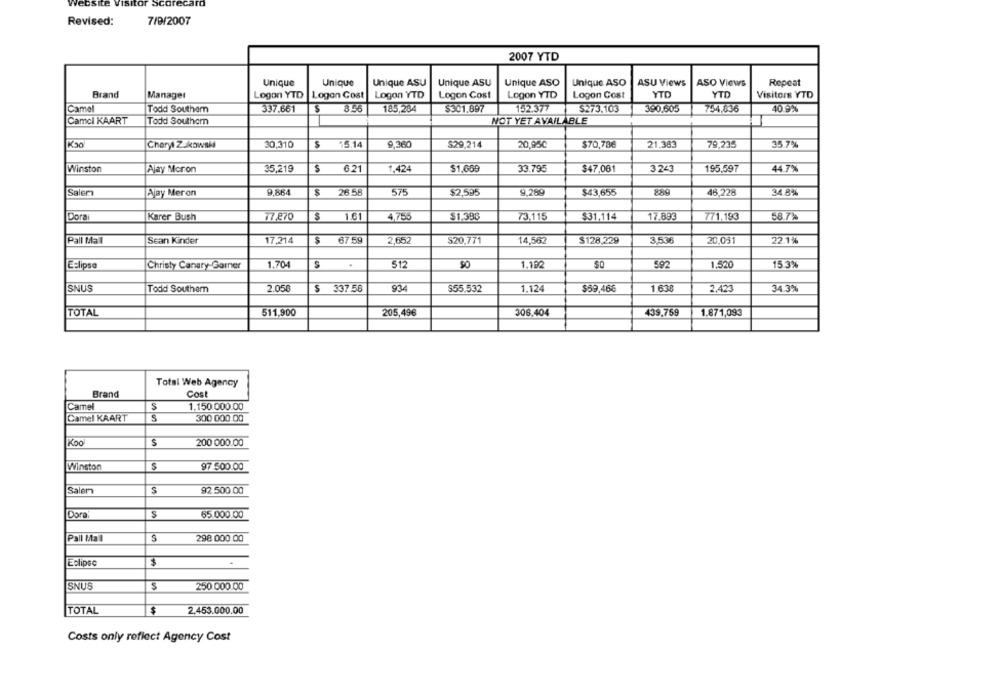
7/9/2007
Revised:
2007 YTD
Unique
Unique
Unique ASU
Unique ASU
Unique ASO
Unique ASO
ASU Views
ASO Views
Repeat
Brand
Manager
Logon YTD
Logon Cost
Logon YTD
Logon Cost
Logon YTD
Logon Cost
YTD
YTD
Visitors YTD
Camel
Todd Southern
337.661
$
856
185,284
$301.897
152.377
$273.103
390.605
754,836
40 9%
Camcl KAART
Todd Southcm
NOT YET AVAILABLE
Cheryl Zukowski
30,310
$
5.14
9,360
$29,214
20,95℃
$70,78€
21.363
79,235
35 7%
Winston
Ajay Moron
35,219
621
1,424
$1.669
33.795
$47.061
3243
195,597
44.7%
Salem
Ajay Meron
9,864
$
26.55
575
$2,595
9.280
$43,655
889
48,228
34.8%
77.870
$1.398
Dora
Karer Bush
$
1.61
4,755
73.115
$31,114
17.893
771.193
58.7%
Pall Mall
Sean Kinder
17,214
$
67.59
2,652
$20,771
14,562
$128.229
3.538
20,031
22.1%
Eclipse
Christy Canary-Garner
1.704
$12
$0
1.182
$O
592
1,520
15 3%
SNUS
Todd Southem
2.058
$
337.58
934
$55.532
1.124
$59,46€
1 638
2.423
34.3%
TOTAL
306,404
439,759
511,900
205,49€
1.871,093
Total Web Agency
Brand
Cost
Camel
S
1.150.000.00
Camel KAART
S
300 000.00
Koo
S
200 000.00
Winston
97 500.00
Salem
S
92.500 00
Dora
65.000.00
Pall Mall
S
298 000.00
$
Eclipse
SNUS
$
250 000.00
$
TOTAL
2.453.000.00
Costs only reflect Agency Cost